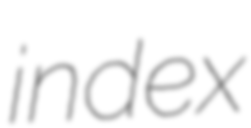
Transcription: index